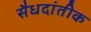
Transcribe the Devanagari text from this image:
सैधदांतीक